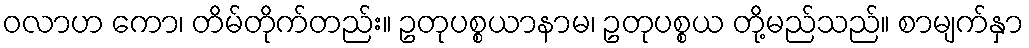
ဝလာဟ ကော၊ တိမ်တိုက်တည်း။ ဥတုပစ္စယာနာမ၊ ဥတုပစ္စယ တို့မည်သည်။ စာမျက်နှာ